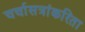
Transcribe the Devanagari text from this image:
चर्चासत्रांकरिता